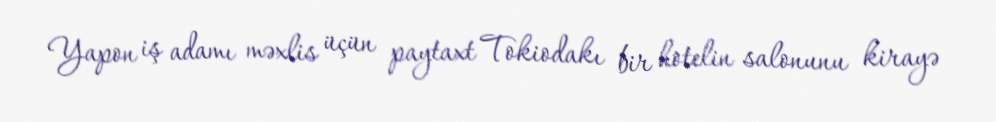
Yapon iş adamı məxlis üçün paytaxt Tokiodakı bir hotelin salonunu kirayə